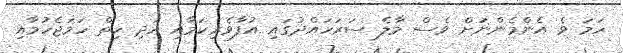
ހަމަ ވެ އެންމެންނަށް ވެސް މާލެ ސަރަހައްދުގައި އުފާވެރިކަމާއި އަދި ހިތް ހަމަޖެހުމާއި